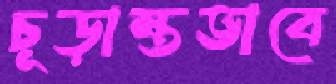
চূড়ান্তভাবে